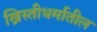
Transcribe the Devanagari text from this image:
ख्रिस्तीधर्मातील